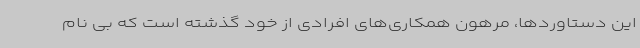
این دستاوردها، مرهون همکاری‌های افرادی از خود گذشته است که بی نام